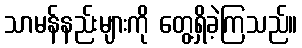
သာမန်နည်းများကို တွေ့ရှိခဲ့ကြသည်။